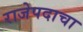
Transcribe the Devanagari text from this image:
राजेपदाचा